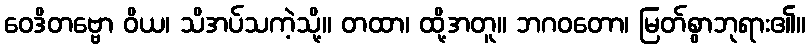
ဝေဒိတဗ္ဗော ဝိယ၊ သိအပ်သကဲ့သို့။ တထာ၊ ထို့အတူ။ ဘဂဝတော၊ မြတ်စွာဘုရား၏။